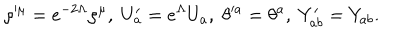
\rho ^ { \mu } = e ^ { - 2 \Lambda } \rho ^ { \mu } , \; U _ { a } ^ { \prime } = e ^ { \Lambda } U _ { a } , \; \theta ^ { a } = \theta ^ { a } , \; Y _ { a b } ^ { \prime } = Y _ { a b } .